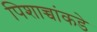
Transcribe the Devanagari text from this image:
पिशाच्चांकडे